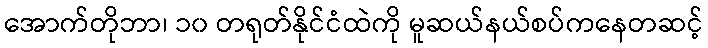
အောက်တိုဘာ၊ ၁၀ တရုတ်နိုင်ငံထဲကို မူဆယ်နယ်စပ်ကနေတဆင့်